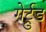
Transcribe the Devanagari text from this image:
गेर्ट्रुड